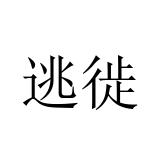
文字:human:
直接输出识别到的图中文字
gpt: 逃徙